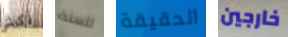
أكثر للسنة الحقيقة خارجين